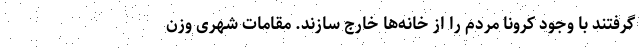
گرفتند با وجود کرونا مردم را از خانه‌ها خارج سازند. مقامات شهری وزن